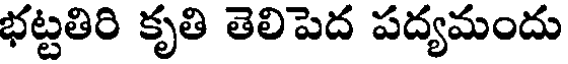
భట్టతిరి కృతి తెలిపెద పద్యమందు